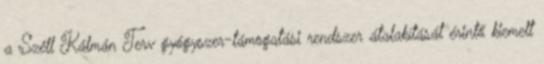
a Széll Kálmán Terv gyógyszer-támogatási rendszer átalakítását érintő kiemelt